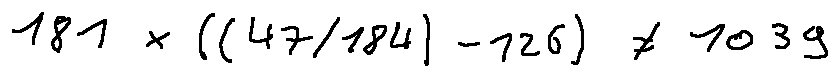
1 8 1 \times ( ( 4 7 / 1 8 4 ) - 1 2 6 ) \neq 1 0 3 9